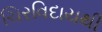
ચિરવિદાયથી